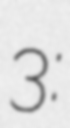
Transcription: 3: